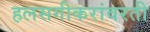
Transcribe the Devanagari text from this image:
हलसगीकरांवरती